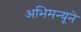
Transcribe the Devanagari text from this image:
अभिमन्यूने